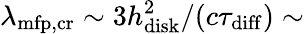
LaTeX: \lambda_{\mathrm{mfp,cr}}\sim 3h_{\mathrm{disk}}^{2}/(c\tau_{\mathrm{diff}})\sim